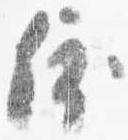
依